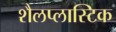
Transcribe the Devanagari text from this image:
शैलप्लास्टिक